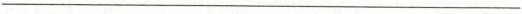
___